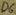
Text: D6